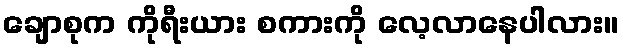
ချောစုက ကိုရီးယား စကားကို လေ့လာနေပါလား။